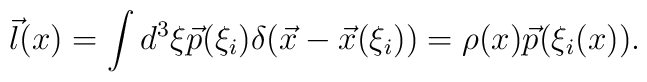
\vec l(x)=\int d^3 \xi\vec p(\xi_i)\delta(\vec x-\vec x(\xi_i))=\rho(x)\vec p(\xi_i(x)).